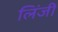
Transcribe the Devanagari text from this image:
लिंजी